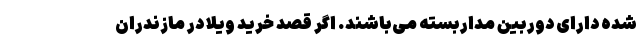
شده دارای دوربین مداربسته می‌­باشند. اگر قصد خرید ویلا در مازندران